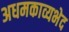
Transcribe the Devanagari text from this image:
अधमकाव्यभेद